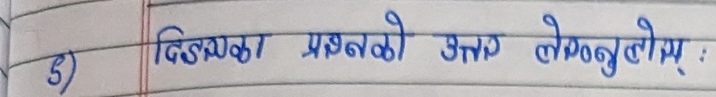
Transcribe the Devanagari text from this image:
५) दिइएका प्रश्नको उत्तर लेख्नुहोस् :